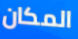
المكان